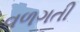
વળગતી